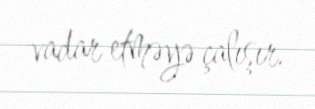
vadar etməyə çalışır.